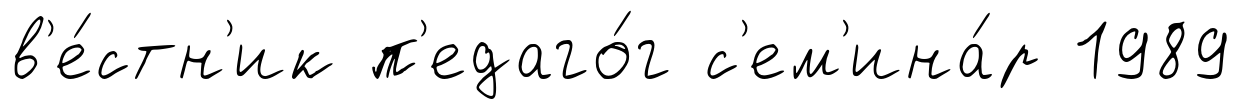
в'е́стн'ик п'едаго́г с'ем'ина́р 1989